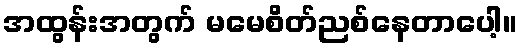
အထွန်းအတွက် မမေစိတ်ညစ်နေတာပေါ့။